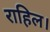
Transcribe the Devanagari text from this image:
राहिल।